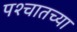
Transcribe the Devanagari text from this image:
पश्चातच्या